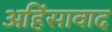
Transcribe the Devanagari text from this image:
अहिंसावाद